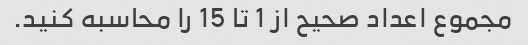
مجموع اعداد صحیح از 1 تا 15 را محاسبه کنید.